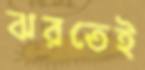
ঝরতেই